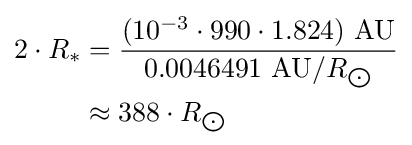
{\begin{aligned}2\cdot R_{*}&={\frac {(10^{-3}\cdot 990\cdot 1.824)\ {\text{AU}}}{0.0046491\ {\text{AU}}/R_{\bigodot }}}\\&\approx 388\cdot R_{\bigodot }\end{aligned}}